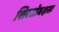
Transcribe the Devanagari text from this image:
शिरसोवक्षसः